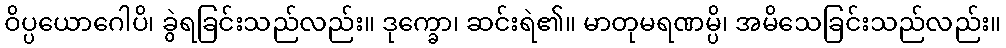
ဝိပ္ပယောဂေါပိ၊ ခွဲရခြင်းသည်လည်း။ ဒုက္ခော၊ ဆင်းရဲ၏။ မာတုမရဏမ္ပိ၊ အမိသေခြင်းသည်လည်း။